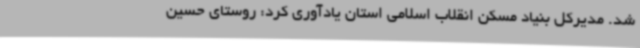
شد. مدیرکل بنیاد مسکن انقلاب اسلامی استان یادآوری کرد: روستای حسین